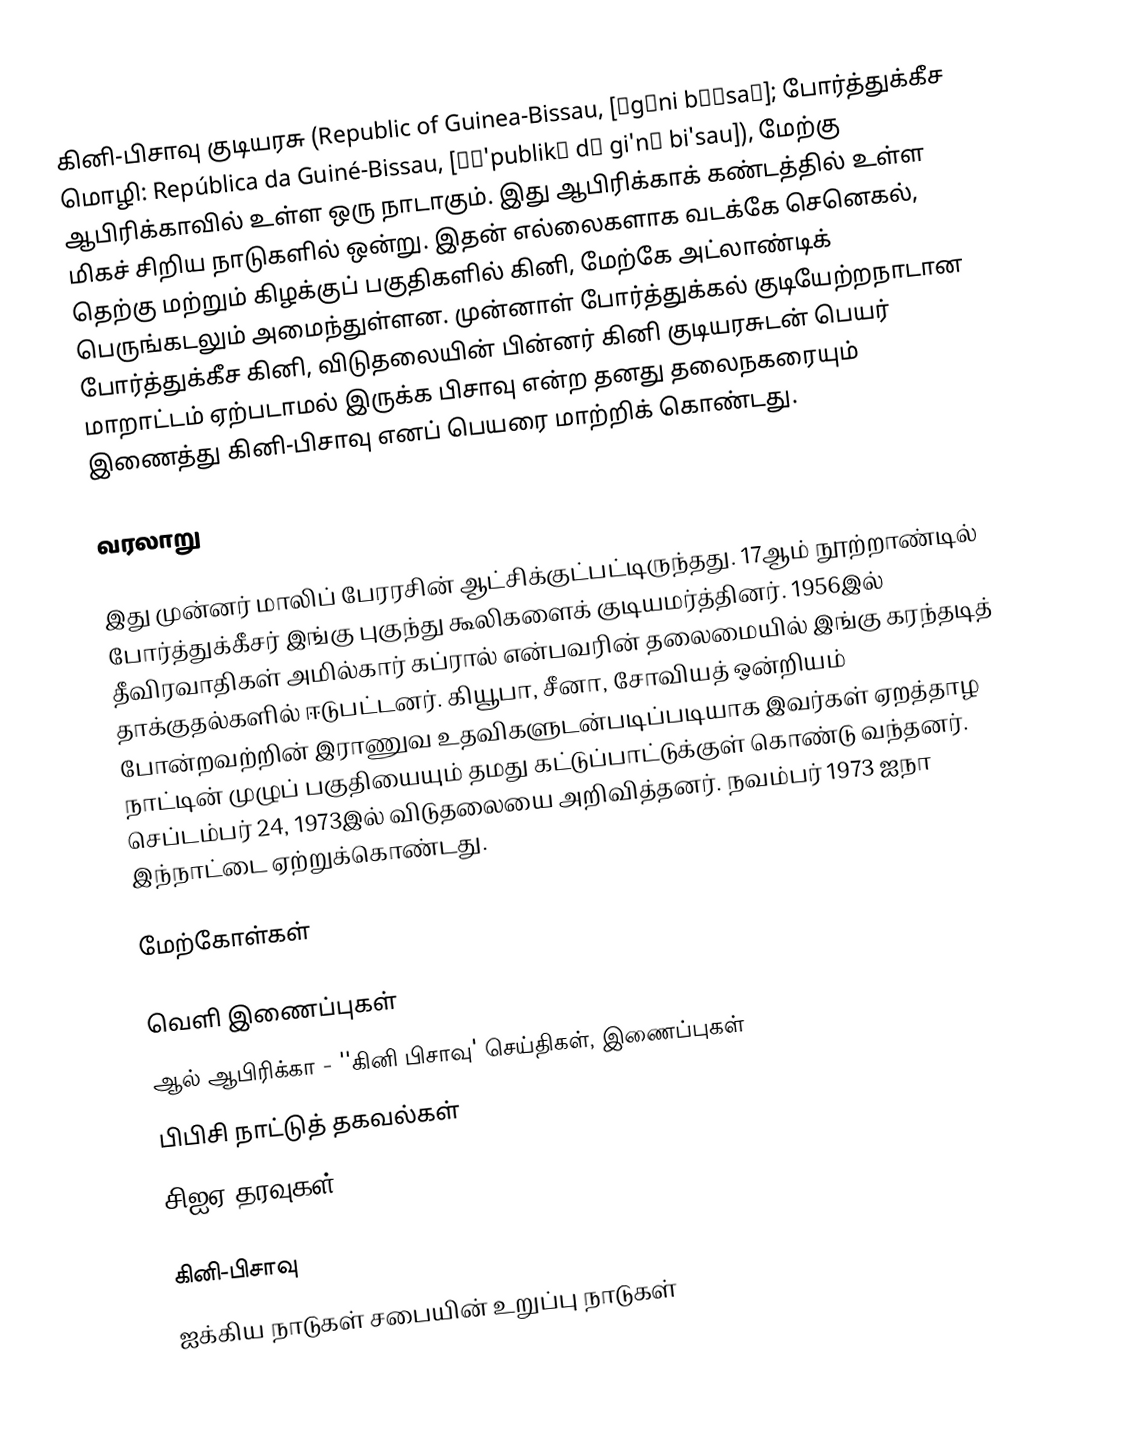
கினி-பிசாவு குடியரசு (Republic of Guinea-Bissau, [ˈgɪni bɪˈsaʊ]; போர்த்துக்கீச மொழி: República da Guiné-Bissau, [ʁɛ'publikɐ dɐ gi'nɛ bi'sau]), மேற்கு ஆபிரிக்காவில் உள்ள ஒரு நாடாகும். இது ஆபிரிக்காக் கண்டத்தில் உள்ள மிகச் சிறிய நாடுகளில் ஒன்று. இதன் எல்லைகளாக வடக்கே செனெகல், தெற்கு மற்றும் கிழக்குப் பகுதிகளில் கினி, மேற்கே அட்லாண்டிக் பெருங்கடலும் அமைந்துள்ளன. முன்னாள் போர்த்துக்கல் குடியேற்றநாடான போர்த்துக்கீச கினி, விடுதலையின் பின்னர் கினி குடியரசுடன் பெயர் மாறாட்டம் ஏற்படாமல் இருக்க பிசாவு என்ற தனது தலைநகரையும் இணைத்து கினி-பிசாவு எனப் பெயரை மாற்றிக் கொண்டது.

வரலாறு

இது முன்னர் மாலிப் பேரரசின் ஆட்சிக்குட்பட்டிருந்தது. 17ஆம் நூற்றாண்டில் போர்த்துக்கீசர் இங்கு புகுந்து கூலிகளைக் குடியமர்த்தினர். 1956இல் தீவிரவாதிகள் அமில்கார் கப்ரால் என்பவரின் தலைமையில் இங்கு கரந்தடித் தாக்குதல்களில் ஈடுபட்டனர். கியூபா, சீனா, சோவியத் ஒன்றியம் போன்றவற்றின் இராணுவ உதவிகளுடன்படிப்படியாக இவர்கள் ஏறத்தாழ நாட்டின் முழுப் பகுதியையும் தமது கட்டுப்பாட்டுக்குள் கொண்டு வந்தனர். செப்டம்பர் 24, 1973இல் விடுதலையை அறிவித்தனர். நவம்பர் 1973 ஐநா இந்நாட்டை ஏற்றுக்கொண்டது.

மேற்கோள்கள்

வெளி இணைப்புகள்
 ஆல் ஆபிரிக்கா - ''கினி பிசாவு' செய்திகள், இணைப்புகள்
 பிபிசி நாட்டுத் தகவல்கள்
 சிஐஏ தரவுகள்

கினி-பிசாவு
ஐக்கிய நாடுகள் சபையின் உறுப்பு நாடுகள்